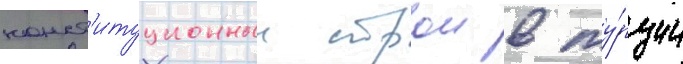
конст'итуционныи строи в ту́рции